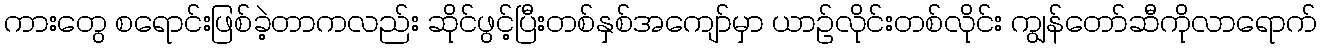
ကားတွေ စရောင်းဖြစ်ခဲ့တာကလည်း ဆိုင်ဖွင့်ပြီးတစ်နှစ်အကျော်မှာ ယာဉ်လိုင်းတစ်လိုင်း ကျွန်တော်ဆီကိုလာရောက်